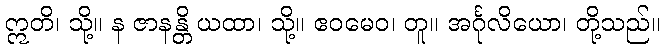
ဣတိ၊ သို့။ န ဇာနန္တိ ယထာ၊ သို့။ ဧဝမေဝ၊ တူ။ အင်္ဂုလိယော၊ တို့သည်။